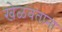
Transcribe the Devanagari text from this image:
खेळवताना